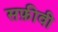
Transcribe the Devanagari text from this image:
सफ़ीवी